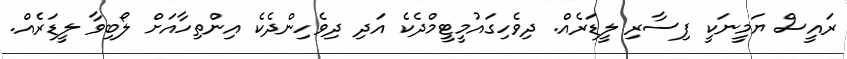
ރައީސް ޔަމީނަކީ ފިސާރި ލީޑަރެއް. ދިވެހިގައުމީޓީމްދެކެ އަދި ދިވެހިންދެކެ އިންތިހާއަށް ލޯބިވާ ލީޑަރެއް.